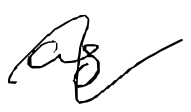
Text: as
Cross-out: wave
Writing tool: digital_black